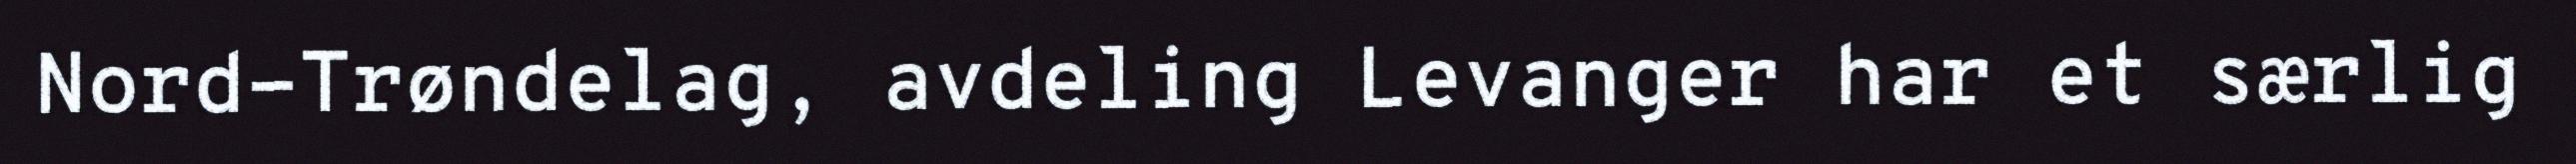
Nord-Trøndelag, avdeling Levanger har et særlig